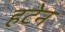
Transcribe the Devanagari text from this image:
हटेन